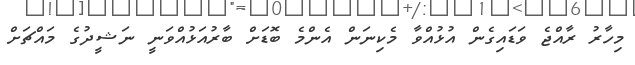
މިހާރު ރާއްޖެ ވަޑައިގެން އުޅުއްވާ މެކިނަން އެންމެ ބޮޑަށް ބާރުއަޅުއްވަނީ ނަޝީދުގެ މައްޗަށް